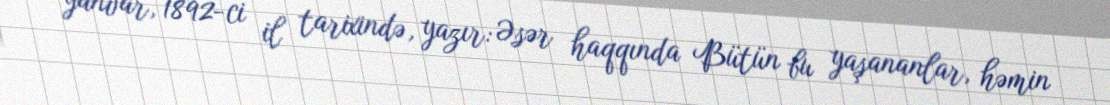
yanvar, 1892-ci il tarixində, yazır: Əsər haqqında Bütün bu yaşananlar, həmin